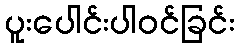
ပူးပေါင်းပါဝင်ခြင်း